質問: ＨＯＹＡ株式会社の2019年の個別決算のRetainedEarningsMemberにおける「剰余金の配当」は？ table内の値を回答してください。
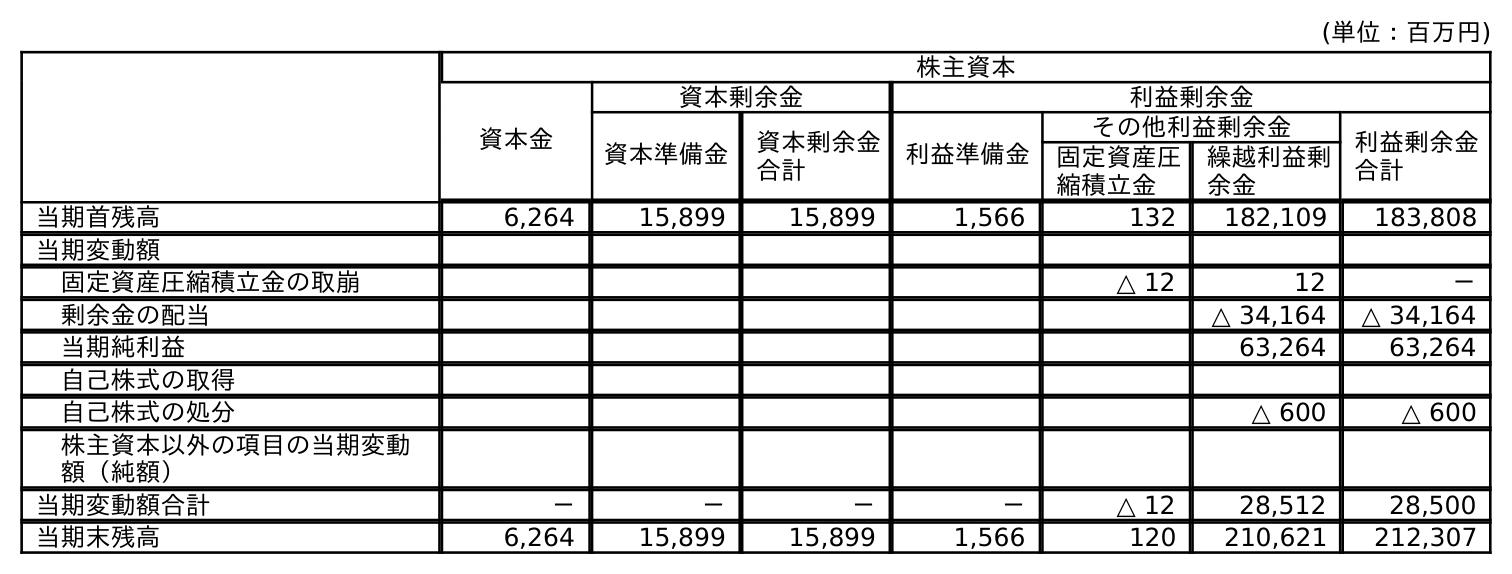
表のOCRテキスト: (単位：百万円) 株主資本 資本金 資本剰余金 利益剰余金 資本準備金 資本剰余金 合計 利益準備金 その他利益剰余金 利益剰余金 合計 固定資産圧 縮積立金 繰越利益剰 余金 当期首残高 6,264 15,899 15,899 1,566 132 182,109 183,808 当期変動額 固定資産圧縮積立金の取崩 △ 12 12 － 剰余金の配当 △ 34,164 △ 34,164 当期純利益 63,264 63,264 自己株式の取得 自己株式の処分 △ 600 △ 600 株主資本以外の項目の当期変動 額（純額） 当期変動額合計 － － － － △ 12 28,512 28,500 当期末残高 6,264 15,899 15,899 1,566 120 210,621 212,307
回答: △34,164